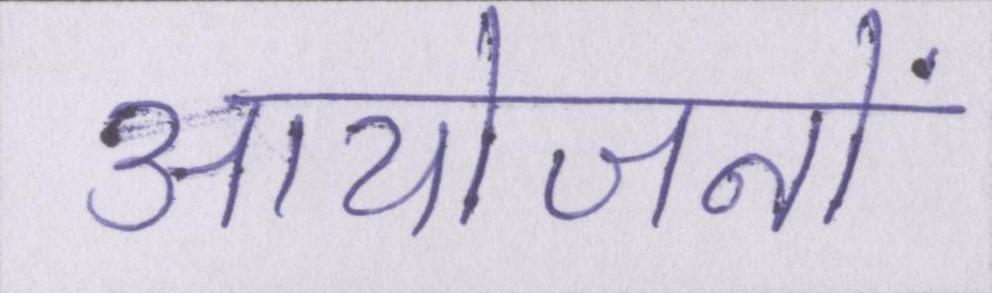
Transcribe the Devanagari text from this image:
आयोजनों